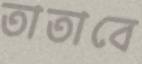
তাতাবে